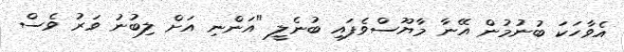
އެވާހަކަ ބުނުމުން އޭނާ މާޔޫސްވެފައި ބުނެލީ "އަންނި އަށް ލިބުނު ވަރު ވެސް